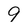
Character: 9